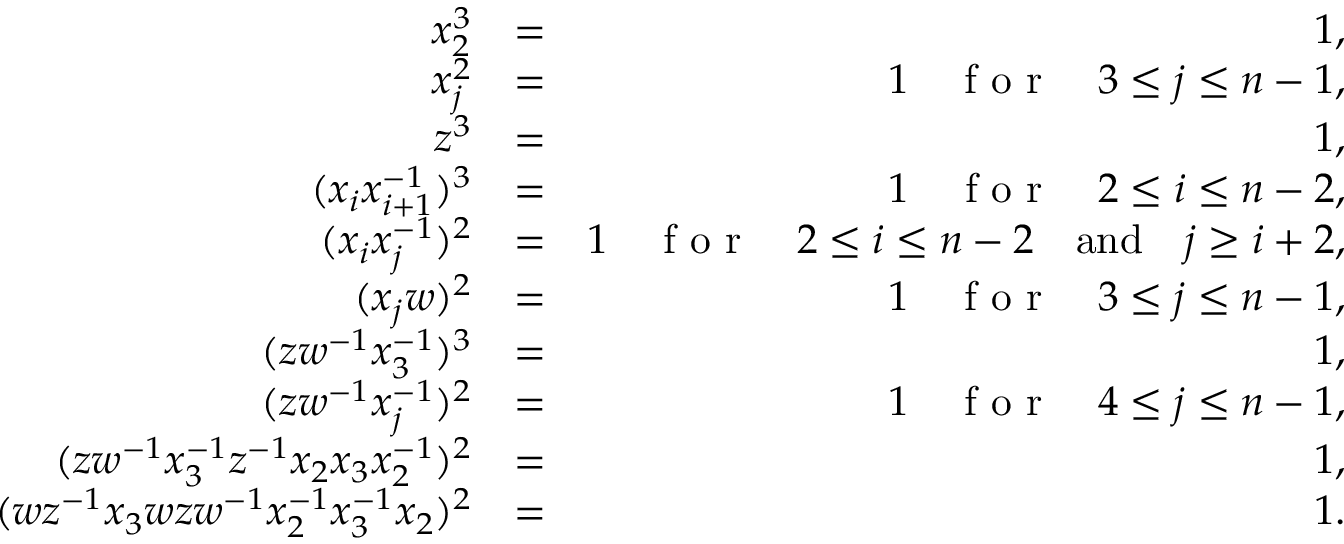
\begin{array} { r l r } { x _ { 2 } ^ { 3 } } & { = } & { 1 , } \\ { x _ { j } ^ { 2 } } & { = } & { 1 \quad \textrm { f o r } \quad 3 \leq j \leq n - 1 , } \\ { z ^ { 3 } } & { = } & { 1 , } \\ { ( x _ { i } x _ { i + 1 } ^ { - 1 } ) ^ { 3 } } & { = } & { 1 \quad \textrm { f o r } \quad 2 \leq i \leq n - 2 , } \\ { ( x _ { i } x _ { j } ^ { - 1 } ) ^ { 2 } } & { = } & { 1 \quad \textrm { f o r } \quad 2 \leq i \leq n - 2 \quad \mathrm { a n d } \quad j \geq i + 2 , } \\ { ( x _ { j } w ) ^ { 2 } } & { = } & { 1 \quad \textrm { f o r } \quad 3 \leq j \leq n - 1 , } \\ { ( z w ^ { - 1 } x _ { 3 } ^ { - 1 } ) ^ { 3 } } & { = } & { 1 , } \\ { ( z w ^ { - 1 } x _ { j } ^ { - 1 } ) ^ { 2 } } & { = } & { 1 \quad \textrm { f o r } \quad 4 \leq j \leq n - 1 , } \\ { ( z w ^ { - 1 } x _ { 3 } ^ { - 1 } z ^ { - 1 } x _ { 2 } x _ { 3 } x _ { 2 } ^ { - 1 } ) ^ { 2 } } & { = } & { 1 , } \\ { ( w z ^ { - 1 } x _ { 3 } w z w ^ { - 1 } x _ { 2 } ^ { - 1 } x _ { 3 } ^ { - 1 } x _ { 2 } ) ^ { 2 } } & { = } & { 1 . } \end{array}